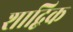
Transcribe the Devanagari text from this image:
शाद्बिक